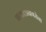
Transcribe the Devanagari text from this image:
चला।अनगसेना